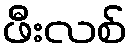
ဖီးလစ်